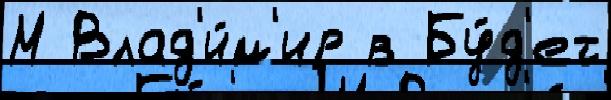
М Влад'и́м'ир в Бу́д'ет